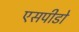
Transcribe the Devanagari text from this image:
एसपीडो